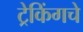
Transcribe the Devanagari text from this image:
ट्रेकिंगचे